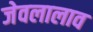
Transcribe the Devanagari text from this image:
जेवलालाव